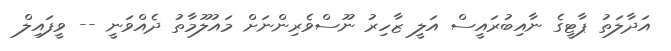
އަދާލަތު ޕާޓީގެ ނާއިބުރައީސް އަލީ ޒާހިރު ނޫސްވެރިންނަށް މައުލޫމާތު ދެއްވަނީ -- ވީފައިލް